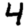
Digit: 4